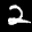
Label: 2